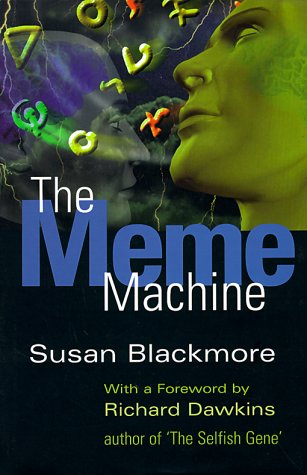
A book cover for The Meme Machine; Susan Blackmore; Politics & Social Sciences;